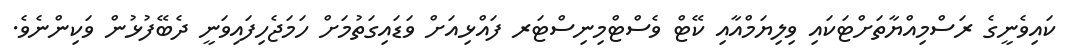
ކައިވެނީގެ ރަސްމިއްޔާތަށްޓަކައި ވިލިޔަމްއާއި ކޭޓް ވެސްޓްމިނިސްޓަރ ފައްޅިއަށް ވަޑައިގަތުމަށް ހަމަޖެހިފައިވަނީ ދެބޭފުޅުން ވަކިންނެވެ.